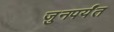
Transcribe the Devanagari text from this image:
जुनपर्यंत